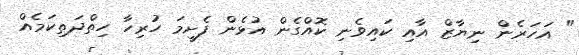
" އަހަރެން ނިޔާޒް އާއި ކައިވެނި ކޮއްގެން އުޅެން ފެށީމަ ހުރިހާ ހިތްދަތިކަމެއް